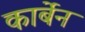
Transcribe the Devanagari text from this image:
कार्बेन